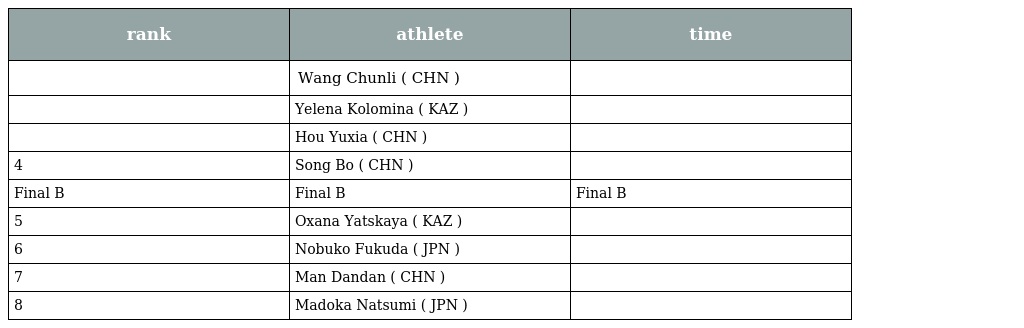
| rank | athlete | time |
 | --- | --- | --- |
 |  | Wang Chunli ( CHN ) |  |
 |  | Yelena Kolomina ( KAZ ) |  |
 |  | Hou Yuxia ( CHN ) |  |
 | 4 | Song Bo ( CHN ) |  |
 | Final B | Final B | Final B |
 | 5 | Oxana Yatskaya ( KAZ ) |  |
 | 6 | Nobuko Fukuda ( JPN ) |  |
 | 7 | Man Dandan ( CHN ) |  |
 | 8 | Madoka Natsumi ( JPN ) |  |